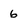
Character: 6